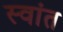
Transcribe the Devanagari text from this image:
स्वांत